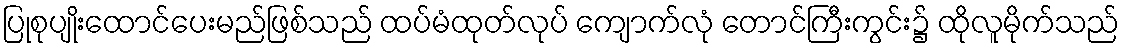
ပြုစုပျိုးထောင်ပေးမည်ဖြစ်သည် ထပ်မံထုတ်လုပ် ကျောက်လုံ တောင်ကြီးကွင်း၌ ထိုလူမိုက်သည်